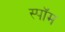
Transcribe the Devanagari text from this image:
स्पॉम